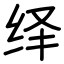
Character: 绎